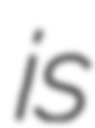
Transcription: is